Report of the Bombay Plague Committee
Disease focus: Plague
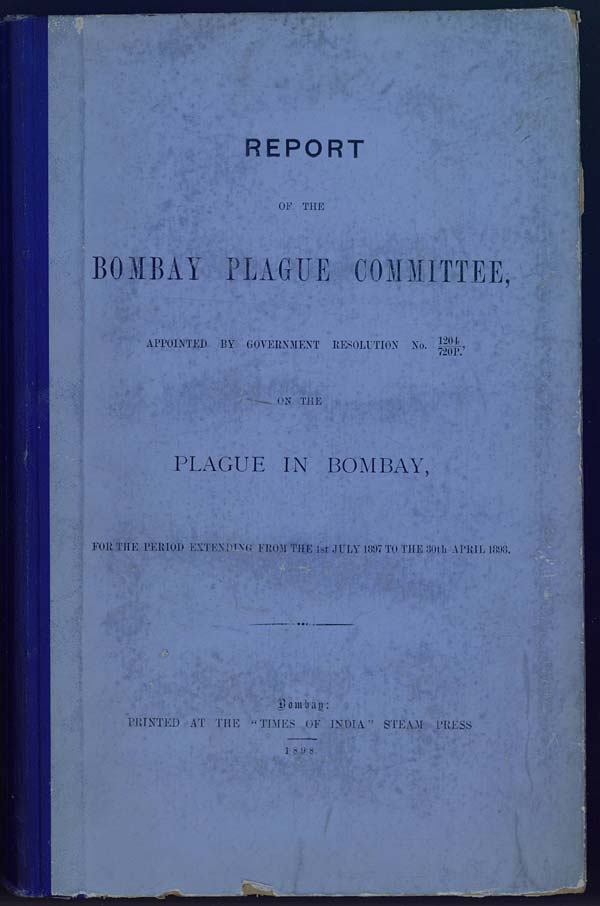
REPORT
OF THE
BOMBAY PLAGUE COMMITTEE,
APPOINTED BY GOVERNMENT RESOLUTION No. 1204/720P.,
ON THE
PLAGUE IN BOMBAY,
FOR THE PERIOD EXTENDING FROM THE 1st JULY 1897 TO THE 30th APRIL 1898.
Bombay:
PRINTED AT THE "TIMES OF INDIA" STEAM PRESS
1898.